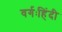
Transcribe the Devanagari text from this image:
वर्गःहिंदी